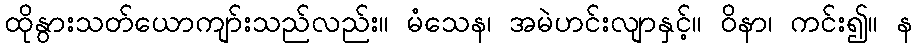
ထိုနွားသတ်ယောကျာ်းသည်လည်း။ မံသေန၊ အမဲဟင်းလျာနှင့်။ ဝိနာ၊ ကင်း၍။ န